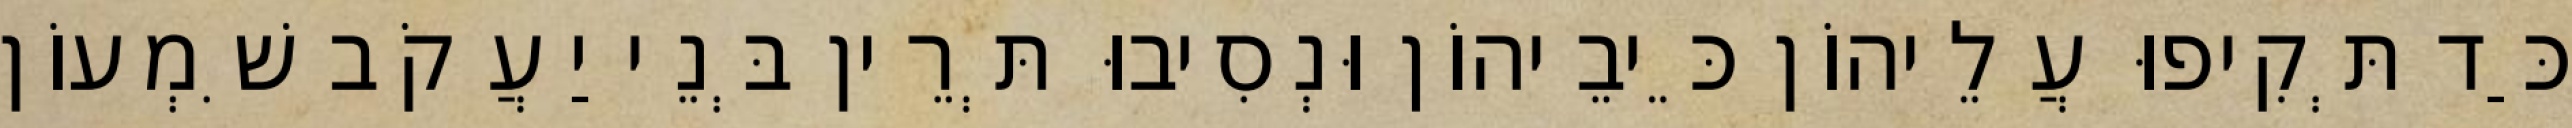
כַּד תְּקִיפוּ עֲלֵיהוֹן כֵּיבֵיהוֹן וּנְסִיבוּ תְּרֵין בְּנֵי יַעֲקֹב שִׁמְעוֹן